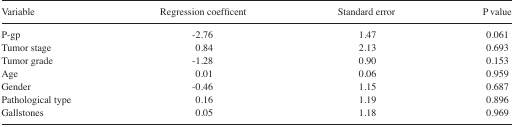
| Variable | Regression coefficent | Standard error | P value |
 | --- | --- | --- | --- |
 | P-gp | −2.76 | 1.47 | 0.061 |
 | Tumor stage | 0.84 | 2.13 | 0.693 |
 | Tumor grade | −1.28 | 0.90 | 0.153 |
 | Age | 0.01 | 0.06 | 0.959 |
 | Gender | −0.46 | 1.15 | 0.687 |
 | Pathological type | 0.16 | 1.19 | 0.896 |
 | Gallstones | 0.05 | 1.18 | 0.969 |